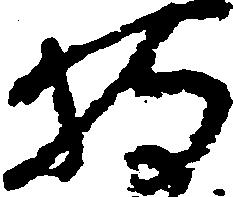
持